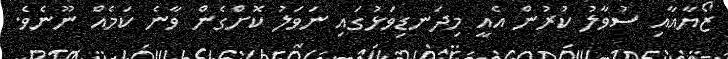
ޒޯޔާއާއި ސުވާލު ކުރުން އެއީ މިދަނޑިވަޅުގައި ނަވަލު ކޮށްގެން ވާނެ ކަމެއް ނޫނެވެ.